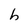
Character: h